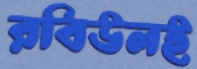
রবিউলই